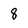
Character: 8